Report on horse surra - Volume I
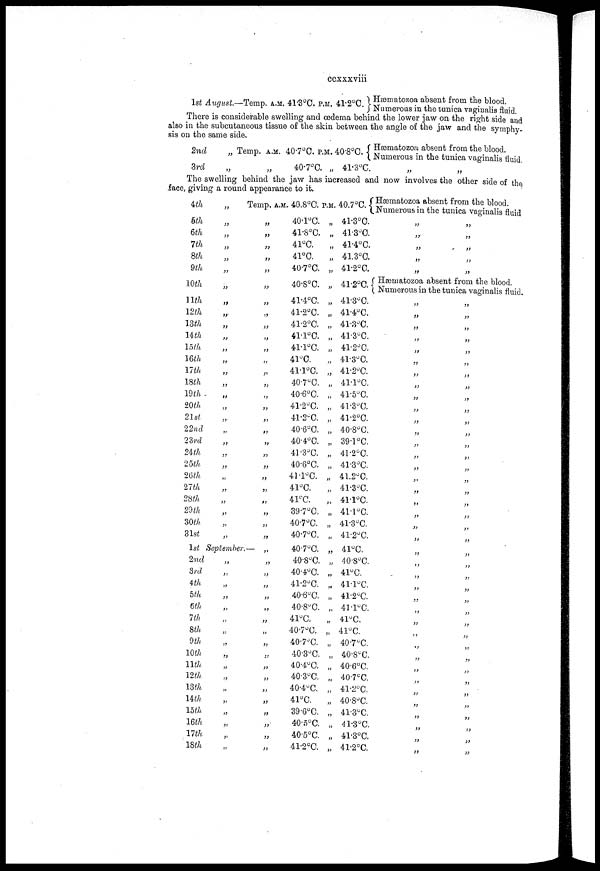
ccxxxviii
1st August.—Temp., A.M. 41.3°C. P.M. 41.2°C.} Hæatozoa absent from the blood.
Numerous in the tunica vaginalis fluid
There is considerable swelling and œdema behind the lower jaw on the right side and
also in the subcutaneous tissue of the skin between the angle of the jaw and the symphy-
sis on the same side.
2nd
3rd
„
„
Temp. A.M.
„
40.7°C. P.M.
40.7°C. „
40.8°C. {
41.3°C.
Hæmatozoa absent from the blood.
Numerous in the tunica vaginalis fluid.
„
„
The swelling behind the jaw has increased and now involves the other side of the
face, giving a round appearance to it.
.
4th
5th
6th
7th
8th
9th
10th
11th
12th
13th
14th
15th
16th
17th
18th
19th
20th
21st
22nd
23rd
24th
25th
26th
27th
28th
29th
30th
31st
„
„
„
„
„
„
„
„
„
„
„
„
„
„
„
„
„
„
„
„
„
„
„
„
„
„
„
„
1st September
2nd
3rd
4th
5th
6th
7th
8th
9th
10th
11th
12th
13th
14th
15th
16th
17th
18th
„
„
„
„
„
„
„
„
„
„
„
„
„
„
„
„
„
Temp. A.M.
„
„
„
„
„
„
„
„
„
„
„
„
„
„
„
„
„
„
„
„
„
„
„
„
„
„
„
„
„
„
„
„
„
„
„
„
„
„
„
„
„
„
„
„
„
40.8°C.
40.1°C.
41.8°C.
41°C.
41°C.
40.7°C.
40.8°C.
41.4°C.
41.2°C.
41.2°C.
41.1°C.
41.1°C.
41°C.
41.1°C.
40.7°C.
40.6°C.
41.2°C.
41.2.C.
40.6°C.
40.4°C.
41.3°C.
40.6°C.
41.1°C.
41°C.
41°C.
39.7°C.
40.7°C.
40.7°C.
40.7°C.
40.8°C.
40.4°C.
41.2°C.
40.6°C.
40.8°C.
41°C.
40.7°C.
40.7°C.
40.3°C.
40.4°C.
40.3°C.
40.4°C.
41°C.
39.6°C.
40.5°C.
40.5°C.
41.2°C.
P.M.
„
„
„
„
„
„
„
„
„
„
„
„
„
„
„
„
„
„
„
„
„
„
„
„
„
„
„
„
„
„
„
„
„
„
„
„
„
„
„
„
„
„
„
„
„
40.7°C. {
41.3°C.
41.3°C.
41.4°C.
41.3°C.
41.2°C.
41.2°C. {
41.3°C.
41.4°C.
41.3°C.
41.3°C.
41.2°C.
41.3°C.
41.2°C.
41.1°C.
41.5°C.
41.3°C.
41.2°C.
40.8°C.
39.1°C.
41.2°C.
41.3°C.
41.2°C.
41.3°C.
41.1°C.
41.1°C.
41.3°C.
41.2°C.
41°C.
40.8°C.
41°C.
41.1°C.
41.2°C.
41 .1°C.
41°C.
41°C.
40.7°C.
40.8°C.
40.6°C.
40.7°C.
41.2°C.
40.8°C.
41.3°C.
41.3°C.
41.3°C.
41.2°C.
Hæmatozoa absent from the blood.
Numerous in the tunica vaginalis fluid.
„
„
„
„
„
„
„
„
„
„
Hæmatozoa absent from the blood.
Numerous in the tunica vaginalis fluid.
„
„
„
„
„
„
„
„
„
„
„
„
„
„
„
„
„
„
„
„
„
„
„
„
„
„
„
„
„
„
„
„
„
„
„
„
„
„
„
„
„
„
„
„
„
„
„
„
„
„
„
„
„
„
„
„
„
„
„
„
„
„
„
„
„
„
„
„
„
„
„
„
„
„
„
„
„
„